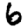
Digit: 6